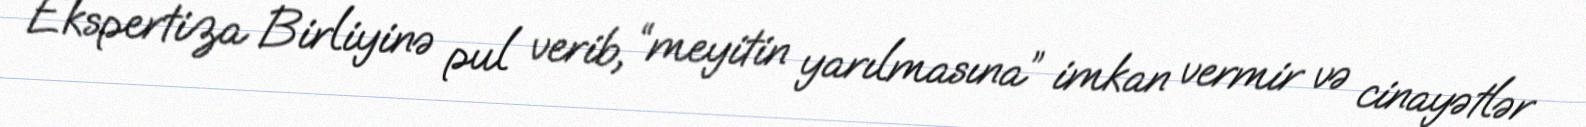
Ekspertiza Birliyinə pul verib, “meyitin yarılmasına” imkan vermir və cinayətlər